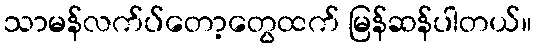
သာမန်လက်ပ်တော့တွေထက် မြန်ဆန်ပါတယ်။